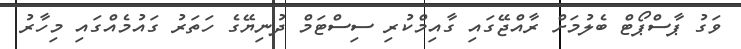
ވަގު ޕާސްޕޯޓް ބެލުމަށް ރާއްޖޭގައި ގާއިމްކުރި ސިސްޓަމް ދުނިޔޭގެ ހަތަރު ގައުމެއްގައި މިހާރު